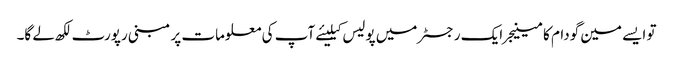
تو ایسے مین گودام کا مینیجر ایک رجسٹر میں پولیس کیلیئے آپ کی معلومات پر مبنی رپورٹ لکھ لے گا۔